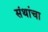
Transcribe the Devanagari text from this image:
संथांचा